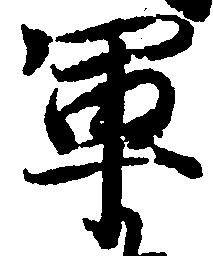
軍